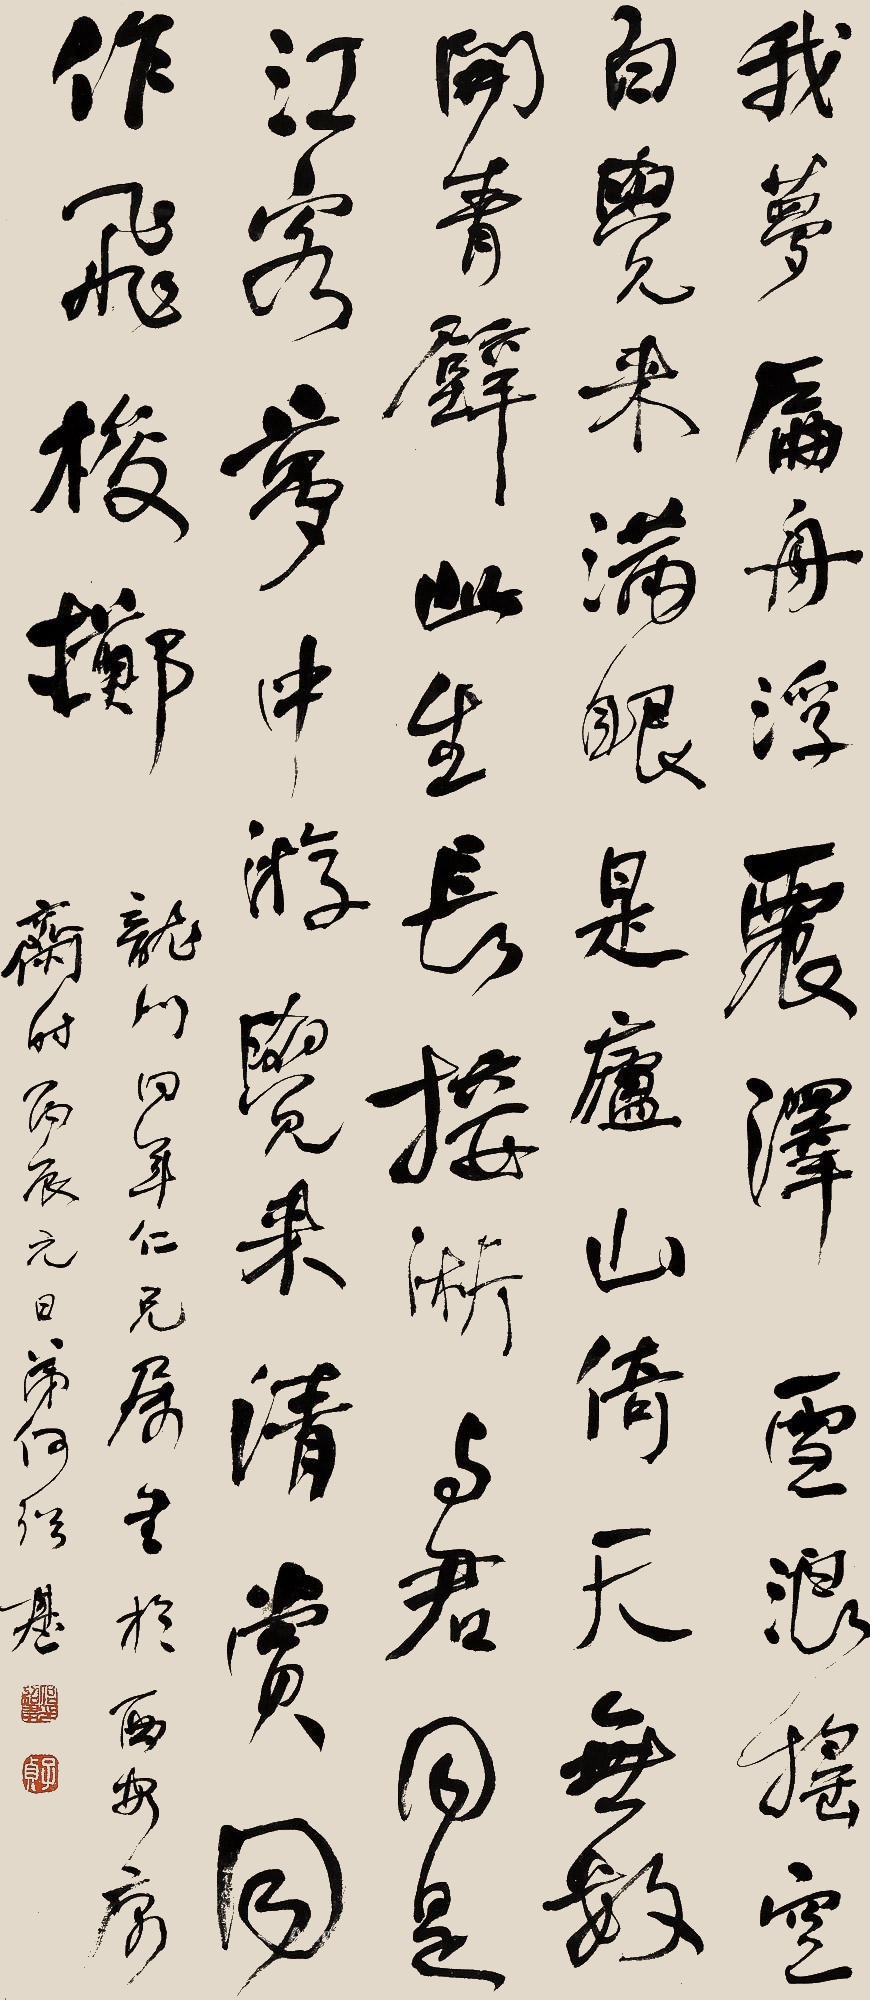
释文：我梦扁舟浮震泽。雪浪摇空（千顷白）。觉来满眼是庐山，倚天无数开青壁。此生长接淅。与君同是江南客。梦中游，觉来清赏，同作飞梭掷。龙门曰年仁兄属，书于西安庽斋，时丙辰（1856年）元日，弟何绍基。